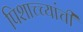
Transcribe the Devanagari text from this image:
पिशाच्च्यांची